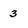
Character: 3